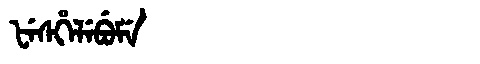
Manchu: ᡶᡝᠰᡥᡝᠯᡝᠪᡠᠮᡝ
Romanization: FESHELEBUME